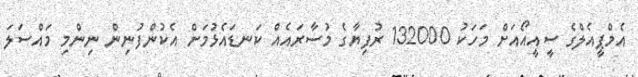
އެމްޕީއެލްގެ ސީއީއޯއަށް މަހަކު 132000 ރުފިޔާގެ މުސާރައެއް ކަނޑައެޅުމަށް އެކުންފުނިން ނިންމި މައްސަލަ